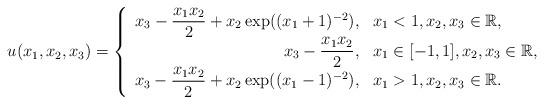
LaTeX: \begin{align*}u(x_1,x_2,x_3)= \left \{ \begin{array}{rl} x_3 - \dfrac{x_1 x_2}{2} + x_2\, \mathrm{exp}((x_1+1)^{-2}), & x_1 < 1, x_2,x_3 \in \mathbb{R}, \\ x_3 - \dfrac{x_1 x_2}{2}, & x_1 \in [-1, 1], x_2,x_3 \in \mathbb{R}, \\ x_3 - \dfrac{x_1 x_2}{2} + x_2\, \mathrm{exp}((x_1-1)^{-2}), & x_1 > 1, x_2,x_3 \in \mathbb{R} . \end{array}\right. \end{align*}